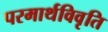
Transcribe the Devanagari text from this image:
परमार्थविवृति